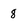
Character: 8